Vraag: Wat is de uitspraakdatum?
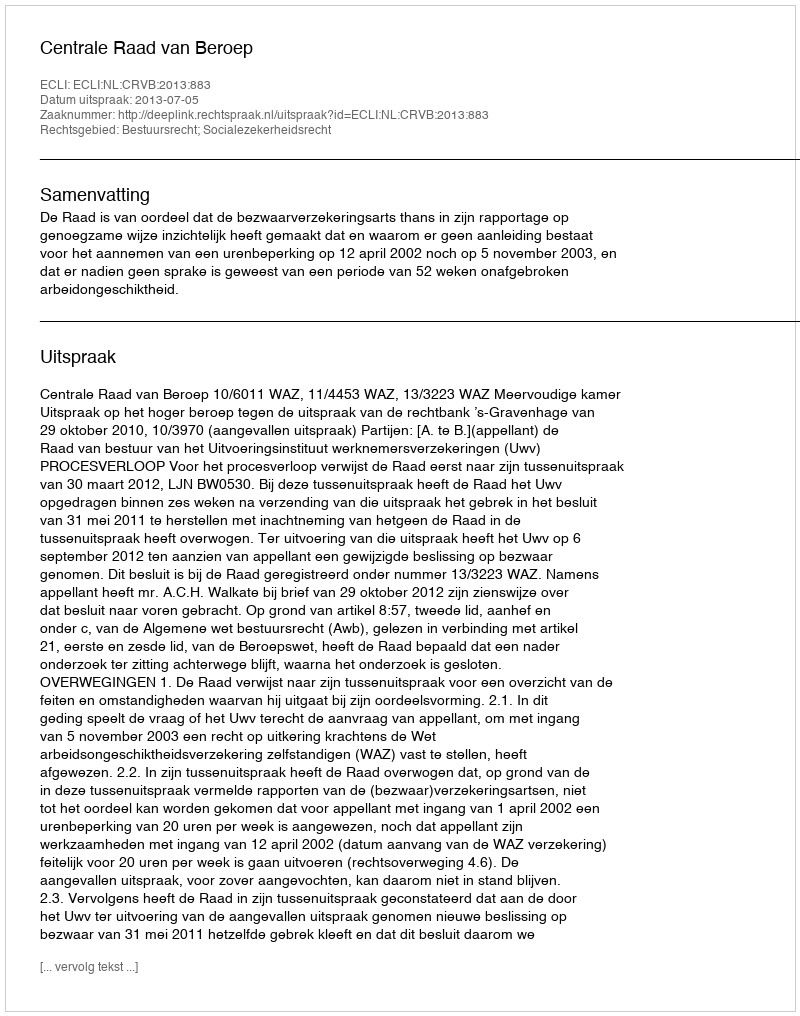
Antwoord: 2013-07-05